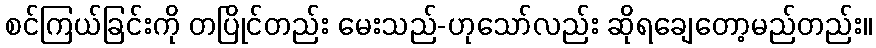
စင်ကြယ်ခြင်းကို တပြိုင်တည်း မေးသည်-ဟုသော်လည်း ဆိုရချေတော့မည်တည်း။